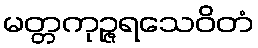
မတ္တကုဉ္ဇရသေဝိတံ